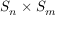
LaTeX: S _ { n } \times S _ { m }